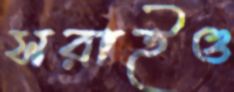
সরাইও